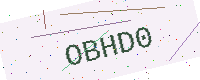
Text: OBHD0